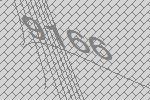
9166